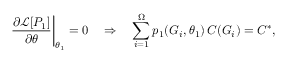
\left. \frac { \partial \mathcal { L } [ P _ { 1 } ] } { \partial \theta } \right| _ { \theta _ { 1 } } = 0 \quad \Rightarrow \quad \sum _ { i = 1 } ^ { \Omega } p _ { 1 } ( G _ { i } , \theta _ { 1 } ) \, C ( G _ { i } ) = C ^ { * } ,